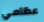
عظامي